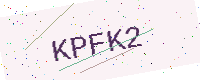
Text: KPFK2